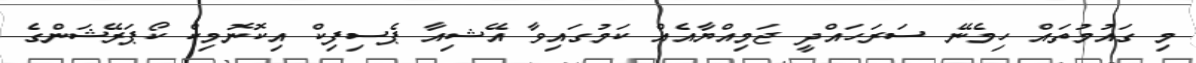
މި ގައުމުތައް ހިމެނޭ ސަރަހައްދީ ޖަމިއްޔާއެއް ކަމުގައިވާ އޭޝިއާ ޕެސިފިކް އިކޮނޮމިކް ކޯޕަރޭޝަންގެ